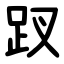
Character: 䟕